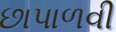
છાપાળવી